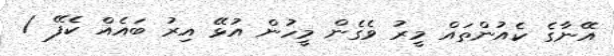
އޭނާގެ ކެއުންތައް މީރު ވެގެން މީހުން އުޅޭ އިރު ބައެއް ކެފޭ /